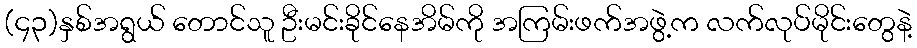
(၄၃)နှစ်အရွယ် တောင်သူ ဦးမင်းခိုင်နေအိမ်ကို အကြမ်းဖက်အဖွဲ့က လက်လုပ်မိုင်းတွေနဲ့